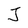
Character: J